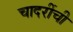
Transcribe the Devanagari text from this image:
चादरींची